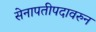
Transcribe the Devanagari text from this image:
सेनापतीपदावरुन